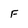
Character: F